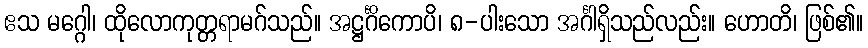
ဧသ မဂ္ဂေါ၊ ထိုလောကုတ္တရာမဂ်သည်။ အဋ္ဌင်္ဂိကောပိ၊ ၈-ပါးသော အင်္ဂါရှိသည်လည်း။ ဟောတိ၊ ဖြစ်၏။